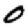
Digit: 0